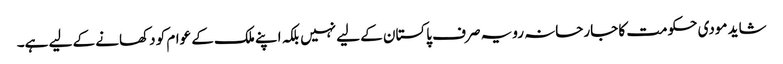
شاید مودی حکومت کا جارحانہ رویہ صرف پاکستان کے لیے نہیں بلکہ اپنے ملک کے عوام کو دکھانے کے لیے ہے۔